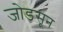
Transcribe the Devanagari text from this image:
जोडसून